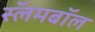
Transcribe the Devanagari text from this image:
स्लॅमबॉल